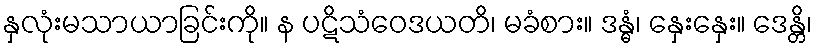
နှလုံးမသာယာခြင်းကို။ န ပဋိသံဝေဒယတိ၊ မခံစား။ ဒန္ဓံ၊ နှေးနှေး။ ဒေန္တိ၊